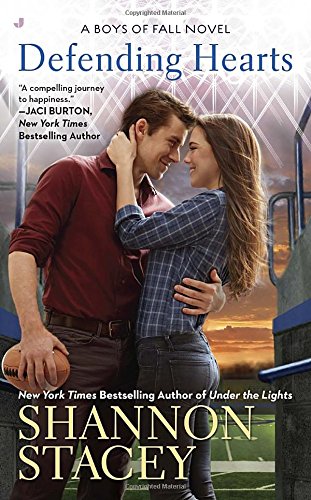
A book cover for Defending Hearts (A Boys of Fall Novel); Shannon Stacey; Romance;